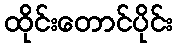
ထိုင်းတောင်ပိုင်း